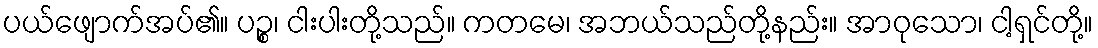
ပယ်ဖျောက်အပ်၏။ ပဉ္စ၊ ငါးပါးတို့သည်။ ကတမေ၊ အဘယ်သည်တို့နည်း။ အာဝုသော၊ ငါ့ရှင်တို့။